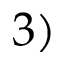
3 )